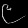
Digit: ၉